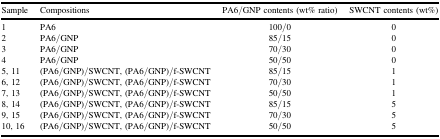
<table><thead><tr><td><b>Sample</b></td><td><b>Compositions</b></td><td><b>PA6/GNP contents (wt% ratio)</b></td><td><b>SWCNT contents (wt%)</b></td></tr></thead><tbody><tr><td>1</td><td>PA6</td><td>100/0</td><td>0</td></tr><tr><td>2</td><td>PA6/GNP</td><td>85/15</td><td>0</td></tr><tr><td>3</td><td>PA6/GNP</td><td>70/30</td><td>0</td></tr><tr><td>4</td><td>PA6/GNP</td><td>50/50</td><td>0</td></tr><tr><td>5, 11</td><td>(PA6/GNP)/SWCNT, (PA6/GNP)/f-SWCNT</td><td>85/15</td><td>1</td></tr><tr><td>6, 12</td><td>(PA6/GNP)/SWCNT, (PA6/GNP)/f-SWCNT</td><td>70/30</td><td>1</td></tr><tr><td>7, 13</td><td>(PA6/GNP)/SWCNT, (PA6/GNP)/f-SWCNT</td><td>50/50</td><td>1</td></tr><tr><td>8, 14</td><td>(PA6/GNP)/SWCNT, (PA6/GNP)/f-SWCNT</td><td>85/15</td><td>5</td></tr><tr><td>9, 15</td><td>(PA6/GNP)/SWCNT, (PA6/GNP)/f-SWCNT</td><td>70/30</td><td>5</td></tr><tr><td>10, 16</td><td>(PA6/GNP)/SWCNT, (PA6/GNP)/f-SWCNT</td><td>50/50</td><td>5</td></tr></tbody></table>